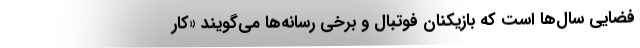
فضایی سال‌ها است که بازیکنان فوتبال و برخی رسانه‌ها می‌گویند «کار